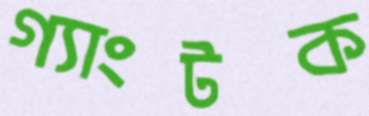
গ্যাংটক